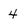
Character: 4